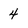
Character: 4